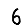
Digit: 6